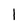
Character: 1